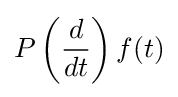
P\left({\frac {d}{dt}}\right)f(t)